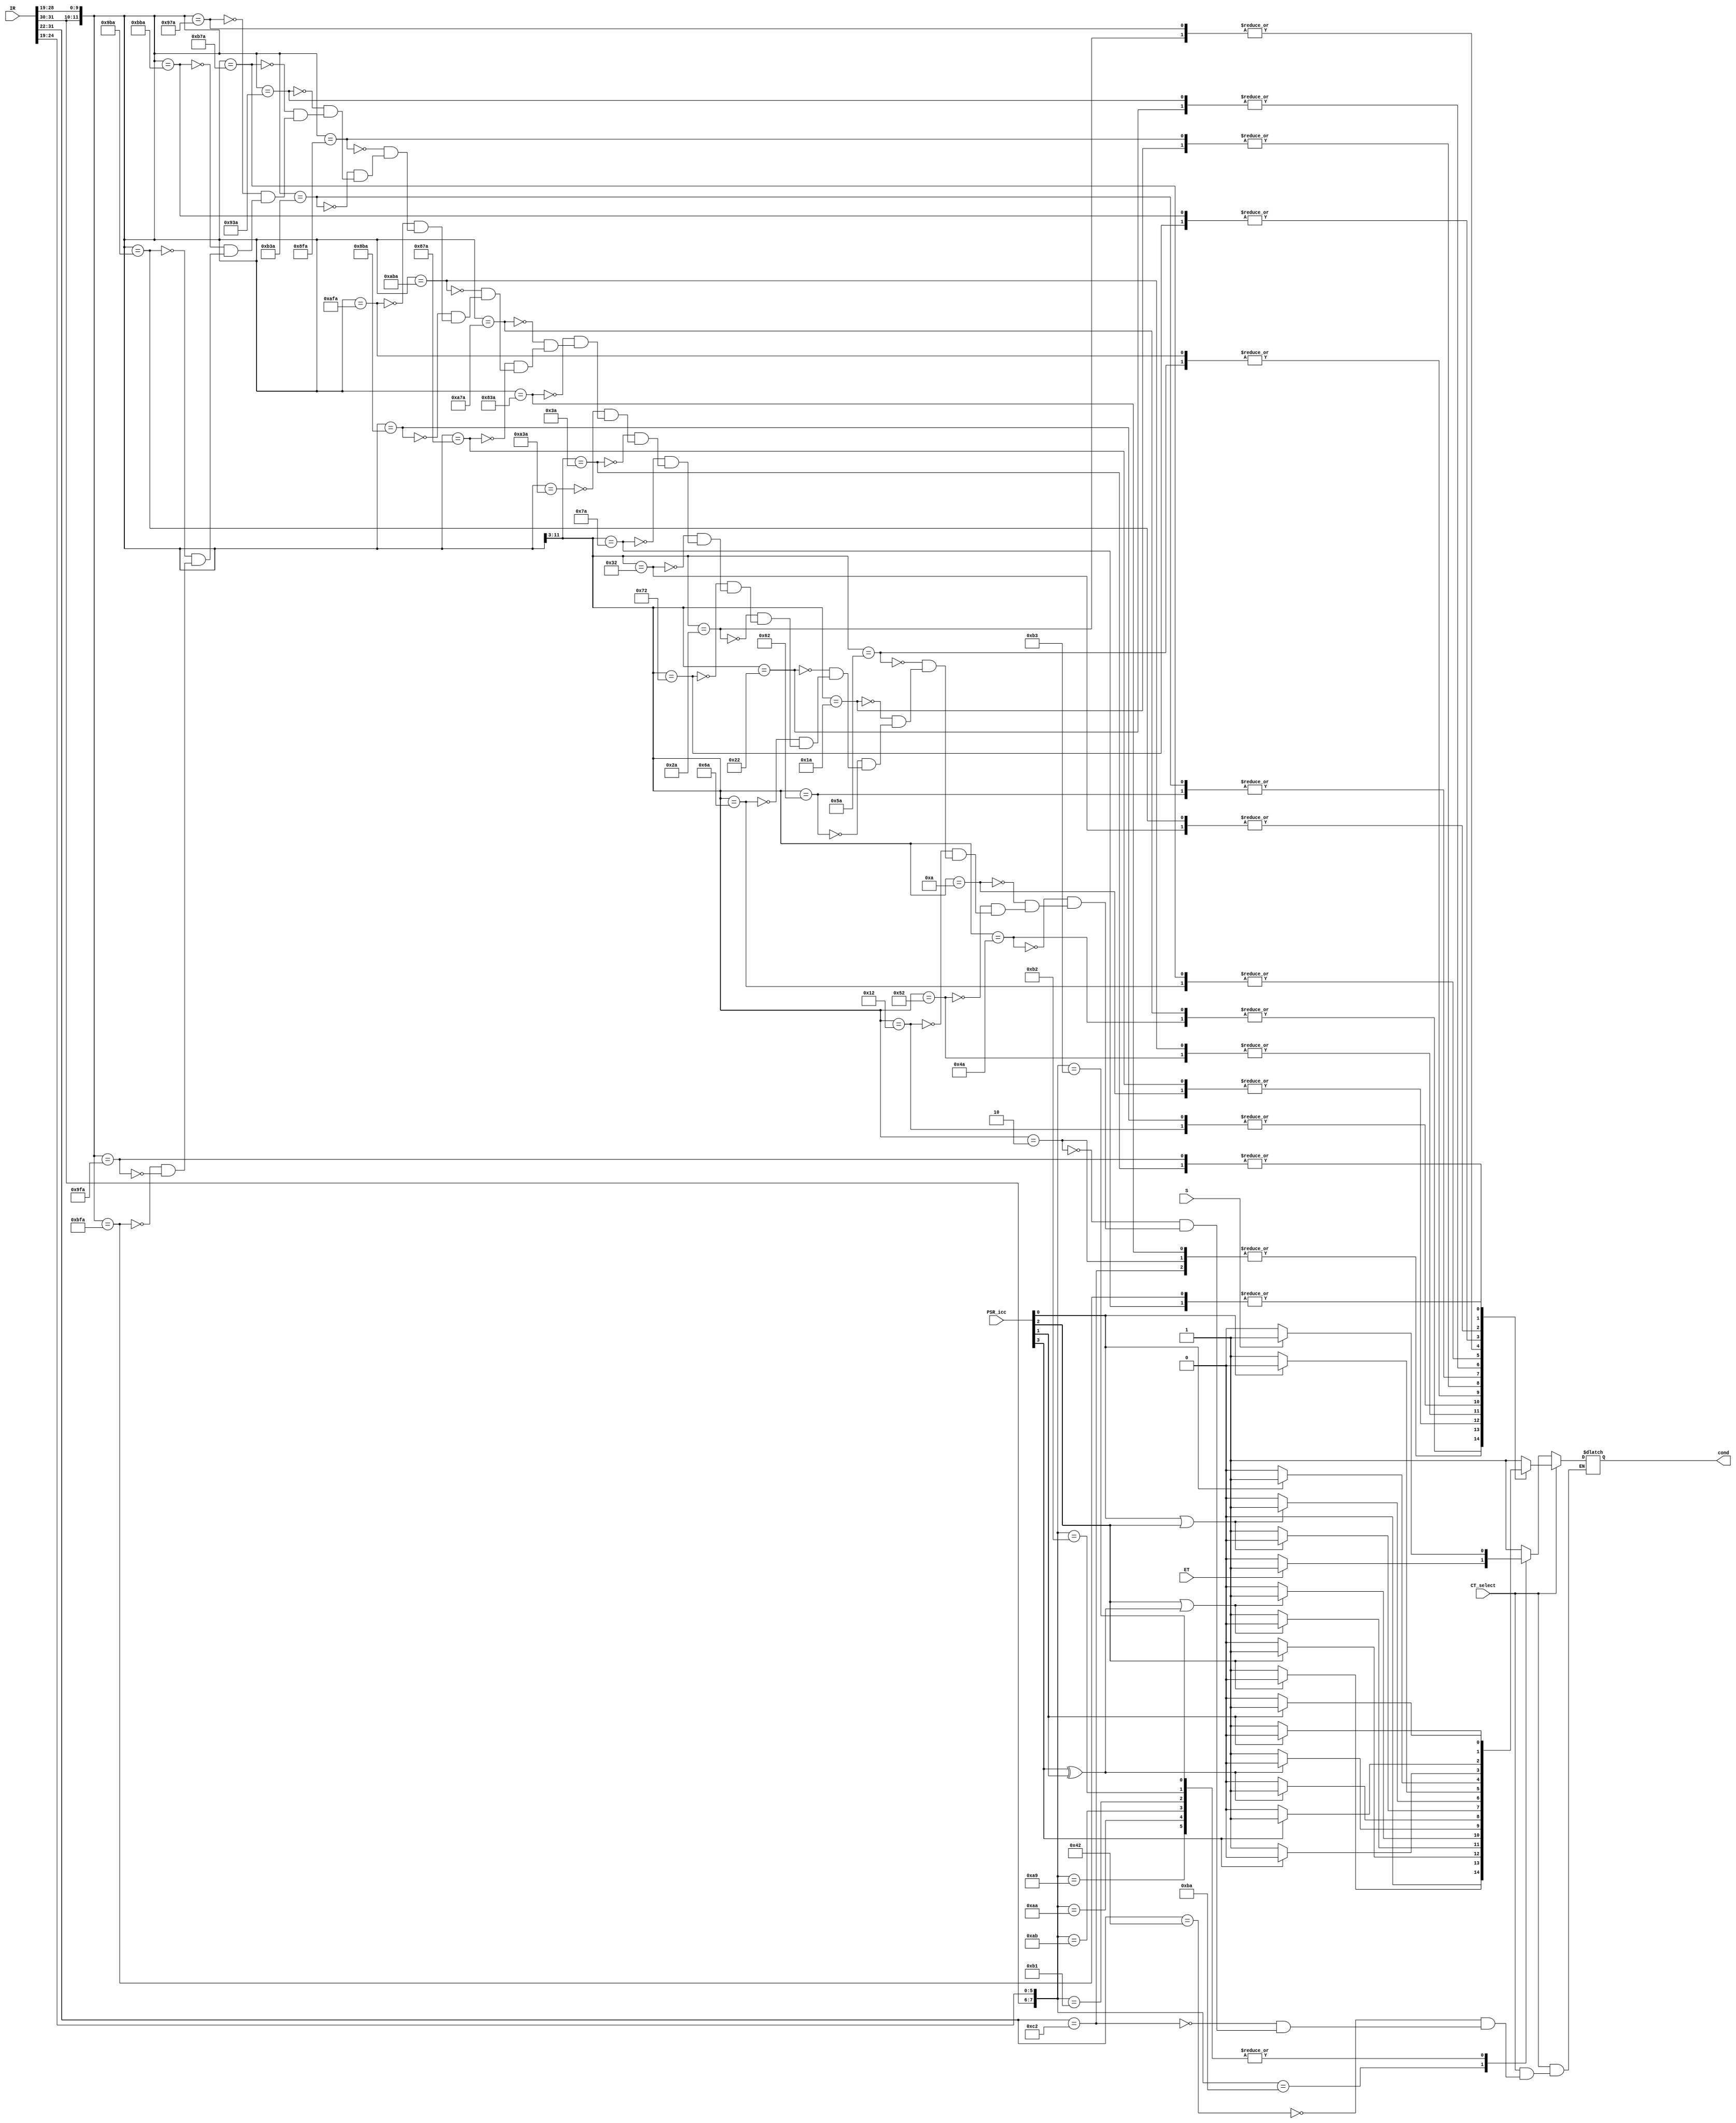
//-PARAMETERS-//
//	cond		: 1-bit output which is the condition statement 					
//	IR		: 32-bit input for Instruction Register		
//	PSR_icc		: 4-bit input for current condition codes in the system				
//	CT_select	: 1-bit input for select tester operation								
//	S		: 1-bit input status for Supervisor Mode
//	ET		: 1-bit	input status for Traps Enabled								
//---//

module ConditionTester(output reg cond, input wire[31:0] IR, input wire[3:0] PSR_icc, input CT_select, S, ET);
always @ (CT_select, IR, S, ET)
	begin
		if(CT_select == 0) 
			casex(IR[31:19])

				13'b10?????111010:			// trap
					if(ET == 1)
						cond = 1;
					else
						cond = 0;
				
				//**********SUPERVISOR CONDITIONS**********//

				13'b10?????101001:			// RDPSR
					if(S == 1)
						cond = 1;
					else
						cond = 0;

				13'b10?????101010:			// RDWIM
					if(S == 1)
						cond = 1;
					else
						cond = 0;

				13'b10?????101011:			// RDTBR
					if(S == 1)
						cond = 1;
					else
						cond = 0;

				13'b10?????110001:			// WRPSR
					if(S == 1)
						cond = 1;
					else
						cond = 0;

				13'b10?????110010:			// WRWIM
					if(S == 1)
						cond = 1;
					else
						cond = 0;

				13'b10?????110011:			// WRTBR
					if(S == 1)
						cond = 1;
					else
						cond = 0;

				default:
					cond = 1;
			endcase
		else
			casex(IR[31:19])

				//**********BRANCH CONDITIONS**********//

				13'b0001000010???:			// ba 
					cond = 1;
		
				13'b0011000010???:			// ba annulled
					cond = 0;

				13'b00?0000010???:			// bn
					cond = 0;

				13'b00?1001010???:			// bne
					if(~PSR_icc[2])
						cond = 1;
					else
						cond = 0;

				13'b00?0001010???:			// be
					if(PSR_icc[2])
						cond = 1;
					else
						cond = 0;

				13'b00?1010010???:			// bg
					if(~(PSR_icc[2]|(PSR_icc[3] ^ PSR_icc[1])))
						cond = 1;
					else
						cond = 0;

				13'b00?0010010???:			// ble
					if(PSR_icc[2] | (PSR_icc[3] ^ PSR_icc[1]))
						cond = 1;
					else
						cond = 0;

				13'b00?1011010???:			// bge
					if(~(PSR_icc[3] ^ PSR_icc[1]))
						cond = 1;
					else
						cond = 0;

				13'b00?0011010???:			// bl
					if(PSR_icc[3] ^ PSR_icc[1])
						cond = 1;
					else
						cond = 0;

				13'b00?1100010???:			// bgu
					if(~(PSR_icc[0] | PSR_icc[2]))
						cond = 1;
					else
						cond = 0;

				13'b00?0100010???:			// bleu
					if(PSR_icc[0] | PSR_icc[2])
						cond = 1;
					else
						cond = 0;

				13'b00?1101010???:			// bcc
					if(~PSR_icc[0])
						cond = 1;
					else
						cond = 0;

				13'b00?0101010???:			// bcs
					if(PSR_icc[0])
						cond = 1;
					else
						cond = 0;

				13'b00?1110010???:			// bpos
					if(~PSR_icc[3])
						cond = 1;
					else
						cond = 0;

				13'b00?0110010???:			// bneg
					if(PSR_icc[3])
						cond = 1;
					else
						cond = 0;

				13'b00?1111010???:			// bvc
					if(~PSR_icc[1])
						cond = 1;
					else
						cond = 0;

				13'b00?0111010???:			// bvs
					if(PSR_icc[1])
						cond = 1;
					else
						cond = 0;

				//**********TRAP CONDITIONS**********//

				13'b10?1000111010:			// ta
					cond = 1;
			
				13'b10?0000111010:			// tn
					cond = 0;
	
				13'b10?1001111010:			// tne
					if(~PSR_icc[2])
						cond = 1;
					else 
						cond = 0;

				13'b10?0001111010:			// te
					if(PSR_icc[2])
						cond = 1;
					else 
						cond = 0;

				13'b10?1010111010:			// tg
					if(~(PSR_icc[2]|(PSR_icc[3] ^ PSR_icc[1])))
						cond = 1;
					else 
						cond = 0;

				13'b10?0010111010:			// tle
					if(PSR_icc[2] | (PSR_icc[3] ^ PSR_icc[1]))
						cond = 1;
					else 
						cond = 0;

				13'b10?1011111010:			// tge
					if(~(PSR_icc[3] ^ PSR_icc[1]))
						cond = 1;
					else 
						cond = 0;

				13'b10?0011111010:			// tl
					if(PSR_icc[3] ^ PSR_icc[1])
						cond = 1;
					else 
						cond = 0;

				13'b10?1100111010:			// tgu
					if(~(PSR_icc[0] | PSR_icc[2]))
						cond = 1;
					else 
						cond = 0;

				13'b10?0100111010:			// tleu
					if(PSR_icc[0] | PSR_icc[2])
						cond = 1;
					else 
						cond = 0;

				13'b10?1101111010:			// tcc
					if(~PSR_icc[0])
						cond = 1;
					else 
						cond = 0;

				13'b10?0101111010:			// tcs
					if(PSR_icc[0])
						cond = 1;
					else 
						cond = 0;

				13'b10?1110111010:			// tpos
					if(~PSR_icc[3])
						cond = 1;
					else 
						cond = 0;

				13'b10?0110111010:			// tneg
					if(PSR_icc[3])
						cond = 1;
					else 
						cond = 0;

				13'b10?1111111010:			// tvc
					if(~PSR_icc[1])
						cond = 1;
					else 
						cond = 0;

				13'b10?0111111010:			// tvs
					if(PSR_icc[1])
						cond = 1;
					else 
						cond = 0;
			endcase			
	end
endmodule